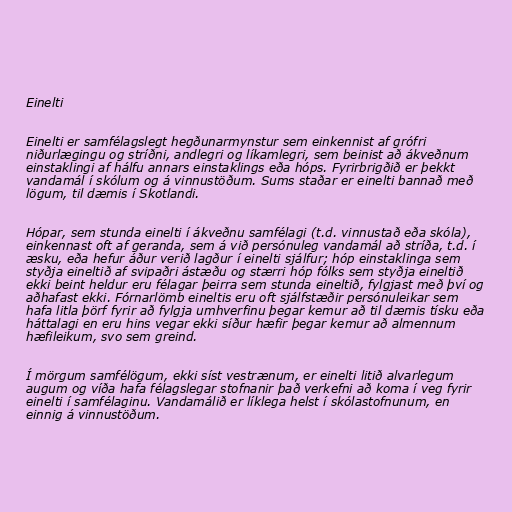
Einelti

Einelti er samfélagslegt hegðunarmynstur sem einkennist af grófri
niðurlægingu og stríðni, andlegri og líkamlegri, sem beinist að ákveðnum
einstaklingi af hálfu annars einstaklings eða hóps. Fyrirbrigðið er þekkt
vandamál í skólum og á vinnustöðum. Sums staðar er einelti bannað með
lögum, til dæmis í Skotlandi.

Hópar, sem stunda einelti í ákveðnu samfélagi (t.d. vinnustað eða skóla),
einkennast oft af geranda, sem á við persónuleg vandamál að stríða, t.d. í
æsku, eða hefur áður verið lagður í einelti sjálfur; hóp einstaklinga sem
styðja eineltið af svipaðri ástæðu og stærri hóp fólks sem styðja eineltið
ekki beint heldur eru félagar þeirra sem stunda eineltið, fylgjast með því og
aðhafast ekki. Fórnarlömb eineltis eru oft sjálfstæðir persónuleikar sem
hafa litla þörf fyrir að fylgja umhverfinu þegar kemur að til dæmis tísku eða
háttalagi en eru hins vegar ekki síður hæfir þegar kemur að almennum
hæfileikum, svo sem greind.

Í mörgum samfélögum, ekki síst vestrænum, er einelti litið alvarlegum
augum og víða hafa félagslegar stofnanir það verkefni að koma í veg fyrir
einelti í samfélaginu. Vandamálið er líklega helst í skólastofnunum, en
einnig á vinnustöðum.